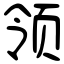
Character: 领